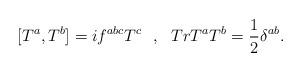
LaTeX: \begin{align*}[T^{a},T^{b}]=if^{abc}T^{c} \ \ , \ \ TrT^{a}T^{b}=\frac{1}{2}\delta^{ab}.\end{align*}